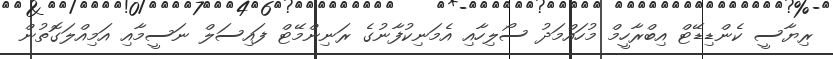
ރިޔާސީ ކެންޑިޑޭޓް އިބްރާހީމް މުހައްމަދު ސޯލިހާއި އެމަނިކުފާނުގެ ރަނިންމޭޓް ފައިސަލް ނަސީމާއި އަމިއްލަގޮތުން